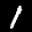
Label: 1